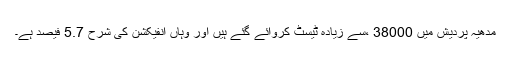
مدھیہ پردیش میں 38000 ،سے زیادہ ٹیسٹ کروائے گئے ہیں اور وہاں انفیکشن کی شرح 5.7 فیصد ہے۔